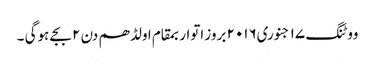
ووٹنگ ١٧ جنوری٢٠١٦ بروز اتواربمقام اولڈھم دن ٢ بجے ہوگی ۔